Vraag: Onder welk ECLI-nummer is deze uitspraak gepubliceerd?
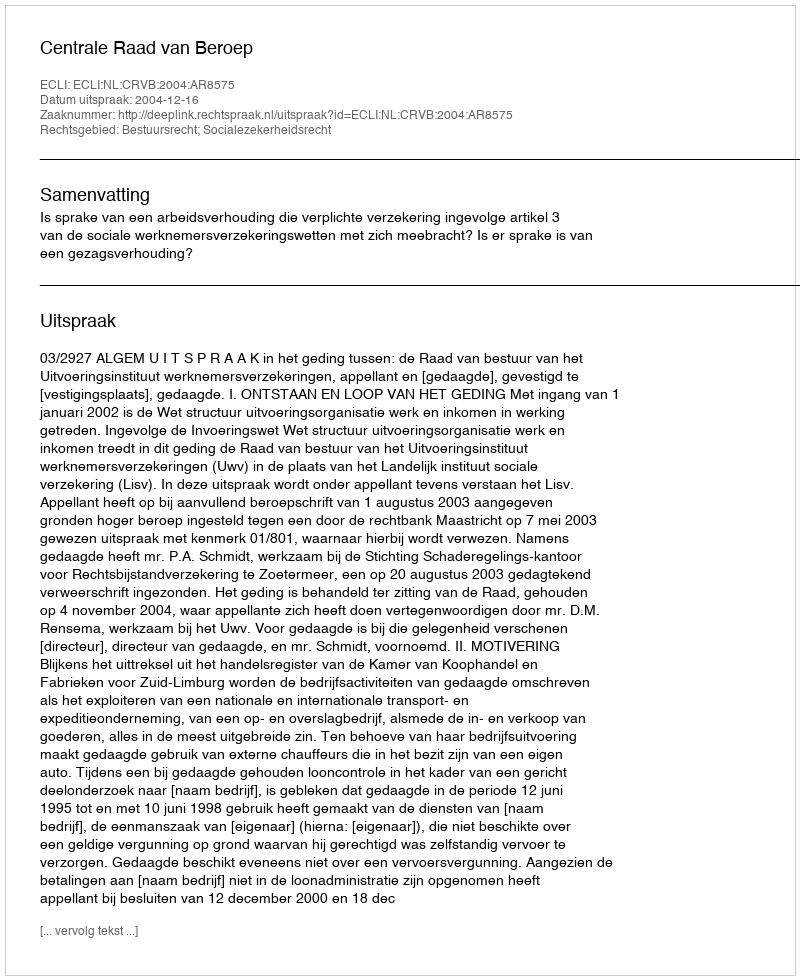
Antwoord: ECLI:NL:CRVB:2004:AR8575